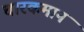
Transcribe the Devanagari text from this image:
चारकमान